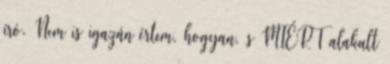
író. Nem is igazán értem, hogyan, s MIÉRT alakult